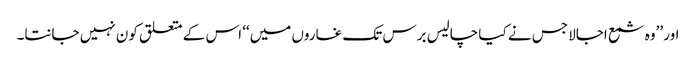
اور ’’وہ شمع اجالا جس نے کیا چالیس برس تک غاروں میں‘‘ اس کے متعلق کون نہیں جانتا۔